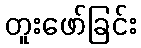
တူးဖော်ခြင်း